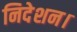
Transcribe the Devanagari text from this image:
निदेशन।